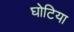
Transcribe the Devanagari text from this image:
घोटिया